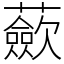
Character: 蘝